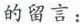
的留言：